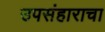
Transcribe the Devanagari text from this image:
उपसंहाराचा